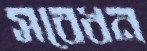
সবেধন